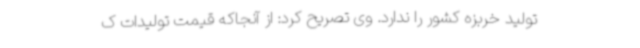
تولید خربزه کشور را ندارد. وی تصریح کرد: از آنجاکه قیمت تولیدات ک